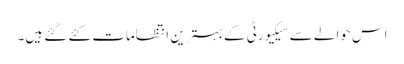
اس حوالے سے سیکیورٹی کے بہترین انتظامات کئے گئے ہیں۔